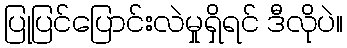
ပြုပြင်ပြောင်းလဲမှုရှိရင် ဒီလိုပဲ။